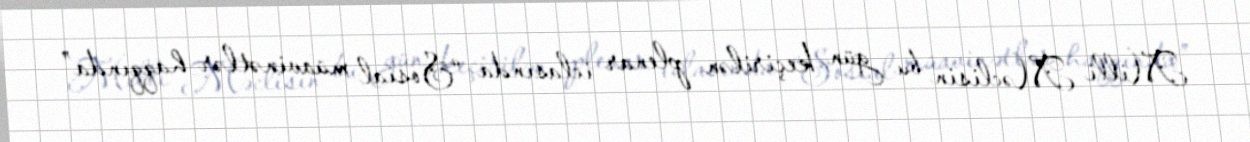
Milli Məclisin bu gün keçirilən plenar iclasında “Sosial müavinətlər haqqında”